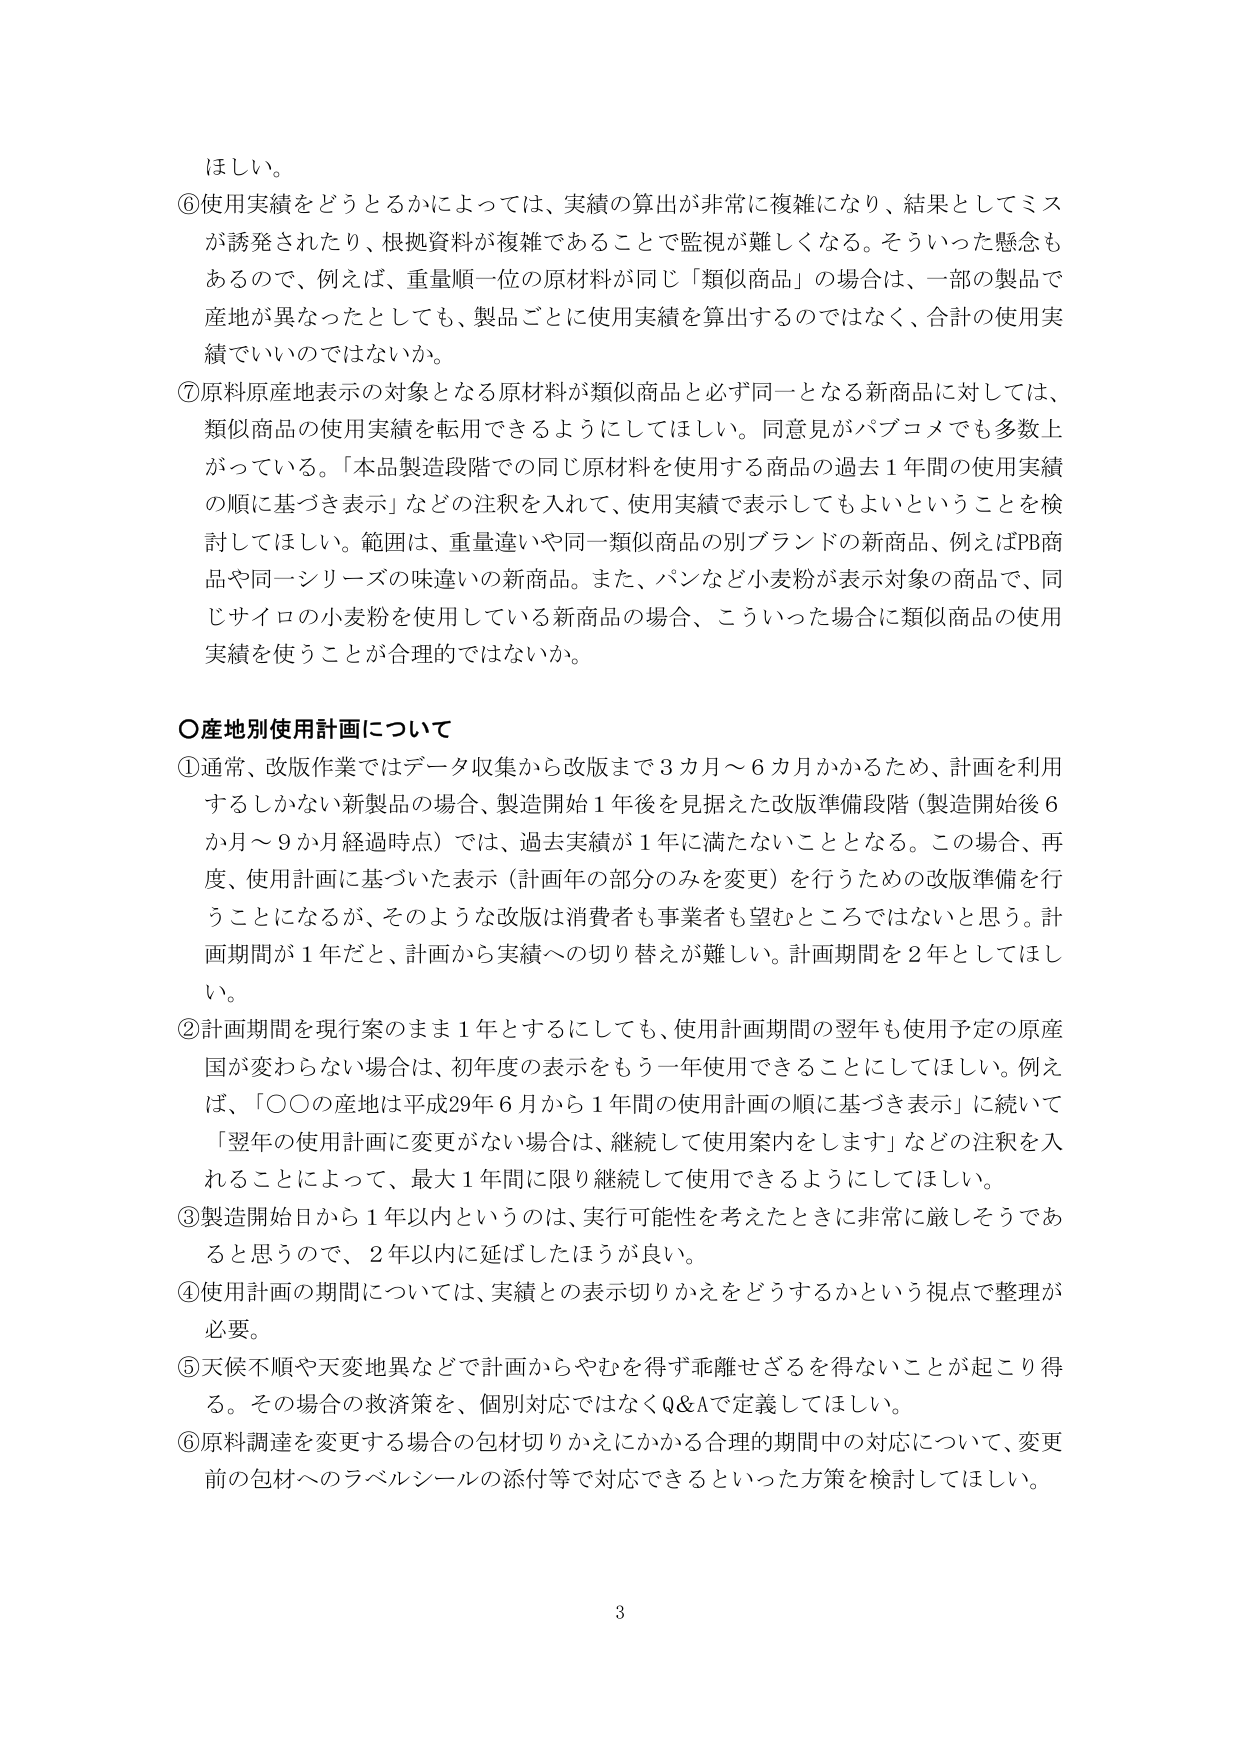
ほしい。

⑥使用実績をどうとるかによっては、実績の算出が非常に複雑になり、結果としてミスが誘発されたり、根拠資料が複雑であることで監視が難しくなる。そういった懸念もあるので、例えば、重量順一位の原材料が同じ「類似商品」の場合は、一部の製品で産地が異なったとしても、製品ごとに使用実績を算出するのではなく、合計の使用実績でいいのではないか。

⑦原料原産地表示の対象となる原材料が類似商品と必ず同一となる新商品に対しては、類似商品の使用実績を転用できるようにしてほしい。同意見がパブコメでも多数上がっている。「本品製造段階での同じ原材料を使用する商品の過去１年間の使用実績の順に基づき表示」などの注釈を入れて、使用実績で表示してもよいということを検討してほしい。範囲は、重量違いや同一類似商品の別ブランドの新商品、例えばPB商品や同一シリーズの味違いの新商品。また、パンなど小麦粉が表示対象の商品で、同じサイロの小麦粉を使用している新商品の場合、こういった場合に類似商品の使用実績を使うことが合理的ではないか。

○産地別使用計画について

①通常、改版作業ではデータ収集から改版まで３カ月～６カ月かかるため、計画を利用するしかない新製品の場合、製造開始１年後を見据えた改版準備段階（製造開始後６か月～９か月経過時点）では、過去実績が１年に満たないこととなる。この場合、再度、使用計画に基づいた表示（計画年の部分のみを変更）を行うための改版準備を行うことになるが、そのような改版は消費者も事業者も望むところではないと思う。計画期間が１年だと、計画から実績への切り替えが難しい。計画期間を２年としてほしい。

②計画期間を現行案のまま１年とするにしても、使用計画期間の翌年も使用予定の原産国が変わらない場合は、初年度の表示をもう一年使用できることにしてほしい。例えば、「○○の産地は平成29年６月から１年間の使用計画の順に基づき表示」に続いて「翌年の使用計画に変更がない場合は、継続して使用案内をします」などの注釈を入れることによって、最大１年間限り継続して使用できるようにしてほしい。

③製造開始日から１年以内というのは、実行可能性を考えたときに非常に厳しそうであると思うので、２年以内に延ばしたほうが良い。

④使用計画の期間については、実績との表示切りかえをどうするかという視点で整理が必要。

⑤天候不順や天変地異などで計画からやむを得ず乖離せざるを得ないことが起こり得る。その場合の救済策を、個別対応ではなくQ&Aで定義してほしい。

⑥原料調達を変更する場合の包材切りかえにかかる合理的期間中の対応について、変更前の包材へのラベルシールの添付等で対応できるといった方策を検討してほしい。

3